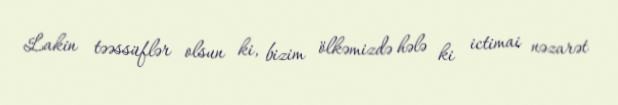
Lakin təəssüflər olsun ki, bizim ölkəmizdə hələ ki ictimai nəzarət